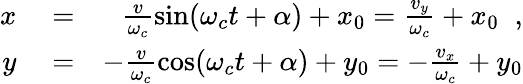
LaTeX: \begin{array}{rlr}{x}&{{}=}&{\frac{v}{\omega_{c}}\sin(\omega_{c}t+\alpha)+x_{0}=\frac{v_{y}}{\omega_{c}}+x_{0}\; \; ,}\\ {y}&{{}=}&{-\frac{v}{\omega_{c}}\cos(\omega_{c}t+\alpha)+y_{0}=-\frac{v_{x}}{\omega_{c}}+y_{0}}\end{array}